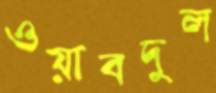
ওয়াবদুল